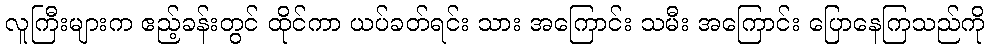
လူကြီးများက ဧည့်ခန်းတွင် ထိုင်ကာ ယပ်ခတ်ရင်း သား အကြောင်း သမီး အကြောင်း ပြောနေကြသည်ကို